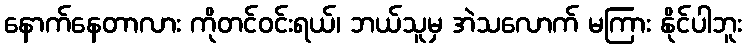
နောက်နေတာလား ကိုတင်ဝင်းရယ်၊ ဘယ်သူမှ အဲသလောက် မကြား နိုင်ပါဘူး